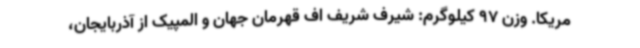
مریکا. وزن 97 کیلوگرم: شیرف شریف اف قهرمان جهان و المپیک از آذربایجان،